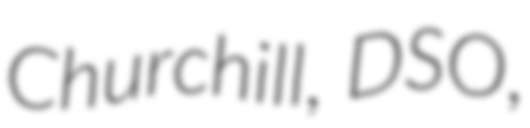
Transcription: Churchill, DSO,